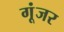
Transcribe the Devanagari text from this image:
गूंजर